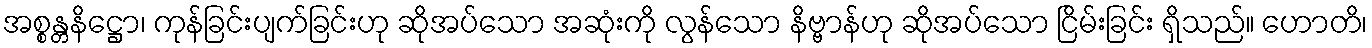
အစ္စန္တနိဋ္ဌော၊ ကုန်ခြင်းပျက်ခြင်းဟု ဆိုအပ်သော အဆုံးကို လွန်သော နိဗ္ဗာန်ဟု ဆိုအပ်သော ငြိမ်းခြင်း ရှိသည်။ ဟောတိ၊